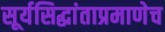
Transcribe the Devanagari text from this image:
सूर्यसिद्धांताप्रमाणेच